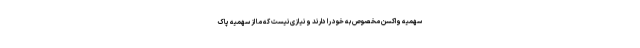
سهمیه واکسن مخصوص به خود را دارند و نیازی نیست که ما از سهمیه پاک